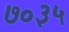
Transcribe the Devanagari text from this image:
७०३५